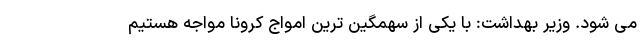
می شود. وزیر بهداشت: با یکی از سهمگین ‌ترین امواج کرونا مواجه هستیم